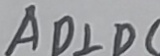
A D \bot D C